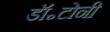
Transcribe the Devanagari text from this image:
डॉ॰टोनी